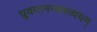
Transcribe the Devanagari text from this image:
ध्रुवमानन्दमव्ययम्